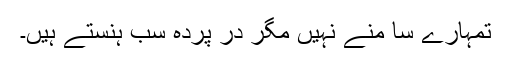
تمہارے سا منے نہیں مگر در پردہ سب ہنستے ہیں۔